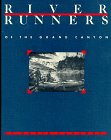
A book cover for River Runners of the Grand Canyon; David Sievert Lavender; Sports & Outdoors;